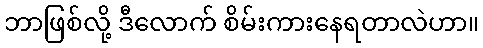
ဘာဖြစ်လို့ ဒီလောက် စိမ်းကားနေရတာလဲဟာ။